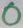
Text: 0